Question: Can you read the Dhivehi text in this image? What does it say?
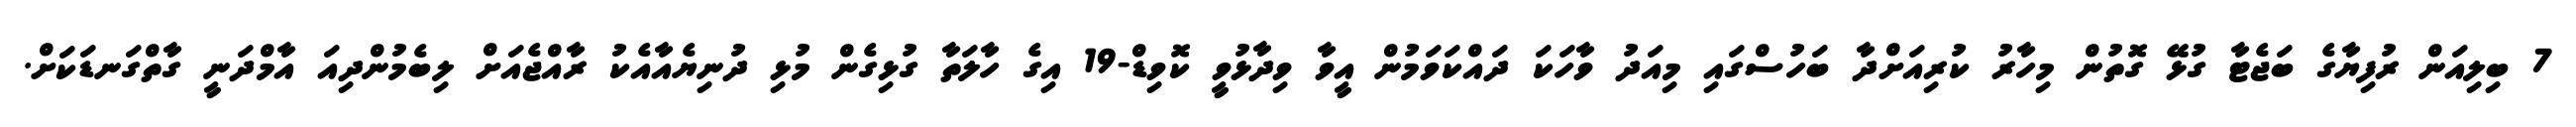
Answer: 7 ބިލިއަން ރުފިޔާގެ ބަޖެޓާ ގުޅޭ ގޮތުން މިހާރު ކުރިއަށްދާ ބަހުސްގައި މިއަދު ވާހަކަ ދައްކަވަމުން އީވާ ވިދާޅުވީ ކޮވިޑް-19 އިގެ ހާލަތާ ގުޅިގެން މުޅި ދުނިޔެއާއެކު ރާއްޖެއަށް ލިބެމުންދިއަ އާމްދަނީ ގާތްގަނޑަކަށް.